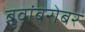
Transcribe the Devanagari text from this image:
बुवांबरोबर